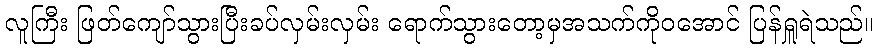
လူကြီး ဖြတ်ကျော်သွားပြီးခပ်လှမ်းလှမ်း ရောက်သွားတော့မှအသက်ကိုဝအောင် ပြန်ရှူရဲသည်။